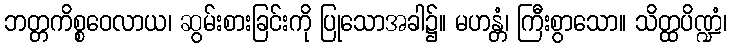
ဘတ္တကိစ္စဝေလာယ၊ ဆွမ်းစားခြင်းကို ပြုသောအခါ၌။ မဟန္တံ၊ ကြီးစွာသော။ သိတ္ထပိဏ္ဍံ၊